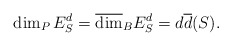
\begin{align*}\dim_PE_S^d=\overline{\dim}_BE_S^d=d\overline{d}(S).\end{align*}